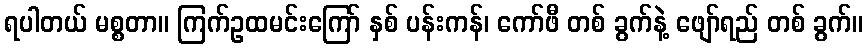
ရပါတယ် မစ္စတာ။ ကြက်ဥထမင်းကြော် နှစ် ပန်းကန်၊ ကော်ဖီ တစ် ခွက်နဲ့ ဖျော်ရည် တစ် ခွက်။